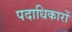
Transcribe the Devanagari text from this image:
पदाधिकारों